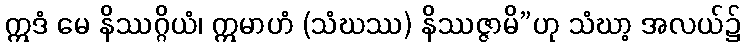
ဣဒံ မေ နိဿဂ္ဂိယံ၊ ဣမာဟံ (သံဃဿ) နိဿဇ္ဇာမိ”ဟု သံဃာ့ အလယ်၌